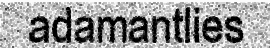
adamantlies